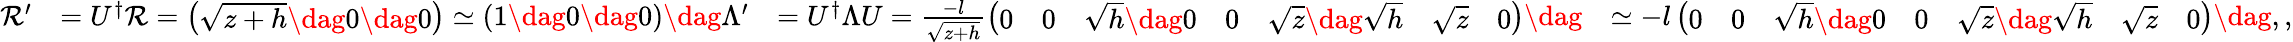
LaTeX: \begin{array}{rlrl}{\mathcal{R}^{\prime}}&{=U^{\dagger}\mathcal{R}=\left(\begin{array}{l}{\sqrt{z+h}\dag 0\dag 0}\end{array}\right)\simeq\left(\begin{array}{l}{1\dag 0\dag 0}\end{array}\right)\dag\Lambda^{\prime}}&{=U^{\dagger}\Lambda U=\frac{-l}{\sqrt{z+h}}\left(\begin{array}{lllllll}{0}&{0}&{\sqrt{h}\dag 0}&{0}&{\sqrt{z}\dag\sqrt{h}}&{\sqrt{z}}&{0}\end{array}\right)\dag}&{\simeq-l\left(\begin{array}{lllllll}{0}&{0}&{\sqrt{h}\dag 0}&{0}&{\sqrt{z}\dag\sqrt{h}}&{\sqrt{z}}&{0}\end{array}\right)\dag,,}\end{array}